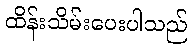
ထိန်းသိမ်းပေးပါသည်